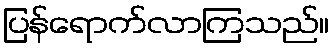
ပြန်ရောက်လာကြသည်။